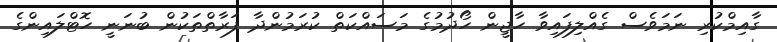
ގާއިމްކުރި ނަމަވެސް ގެއްލިފައިވާ ހާޖީން ހޯދުމުގެ މަސައްކަތް ކުރަމުންދާ ފަރާތްތަކުން ބުނަނީ ހޮޓްލައިންގެ